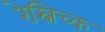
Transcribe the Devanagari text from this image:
रेस्निच्क